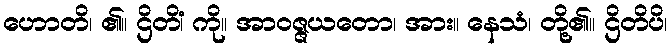
ဟောတိ၊ ၏။ ဌိတိံ၊ ကို။ အာဝဇ္ဇယတော၊ အား။ နေသံ၊ တို့၏။ ဌိတိပိ၊